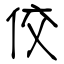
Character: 佼